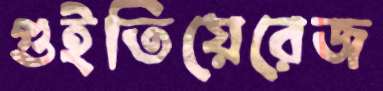
গুইতিয়েরেজ